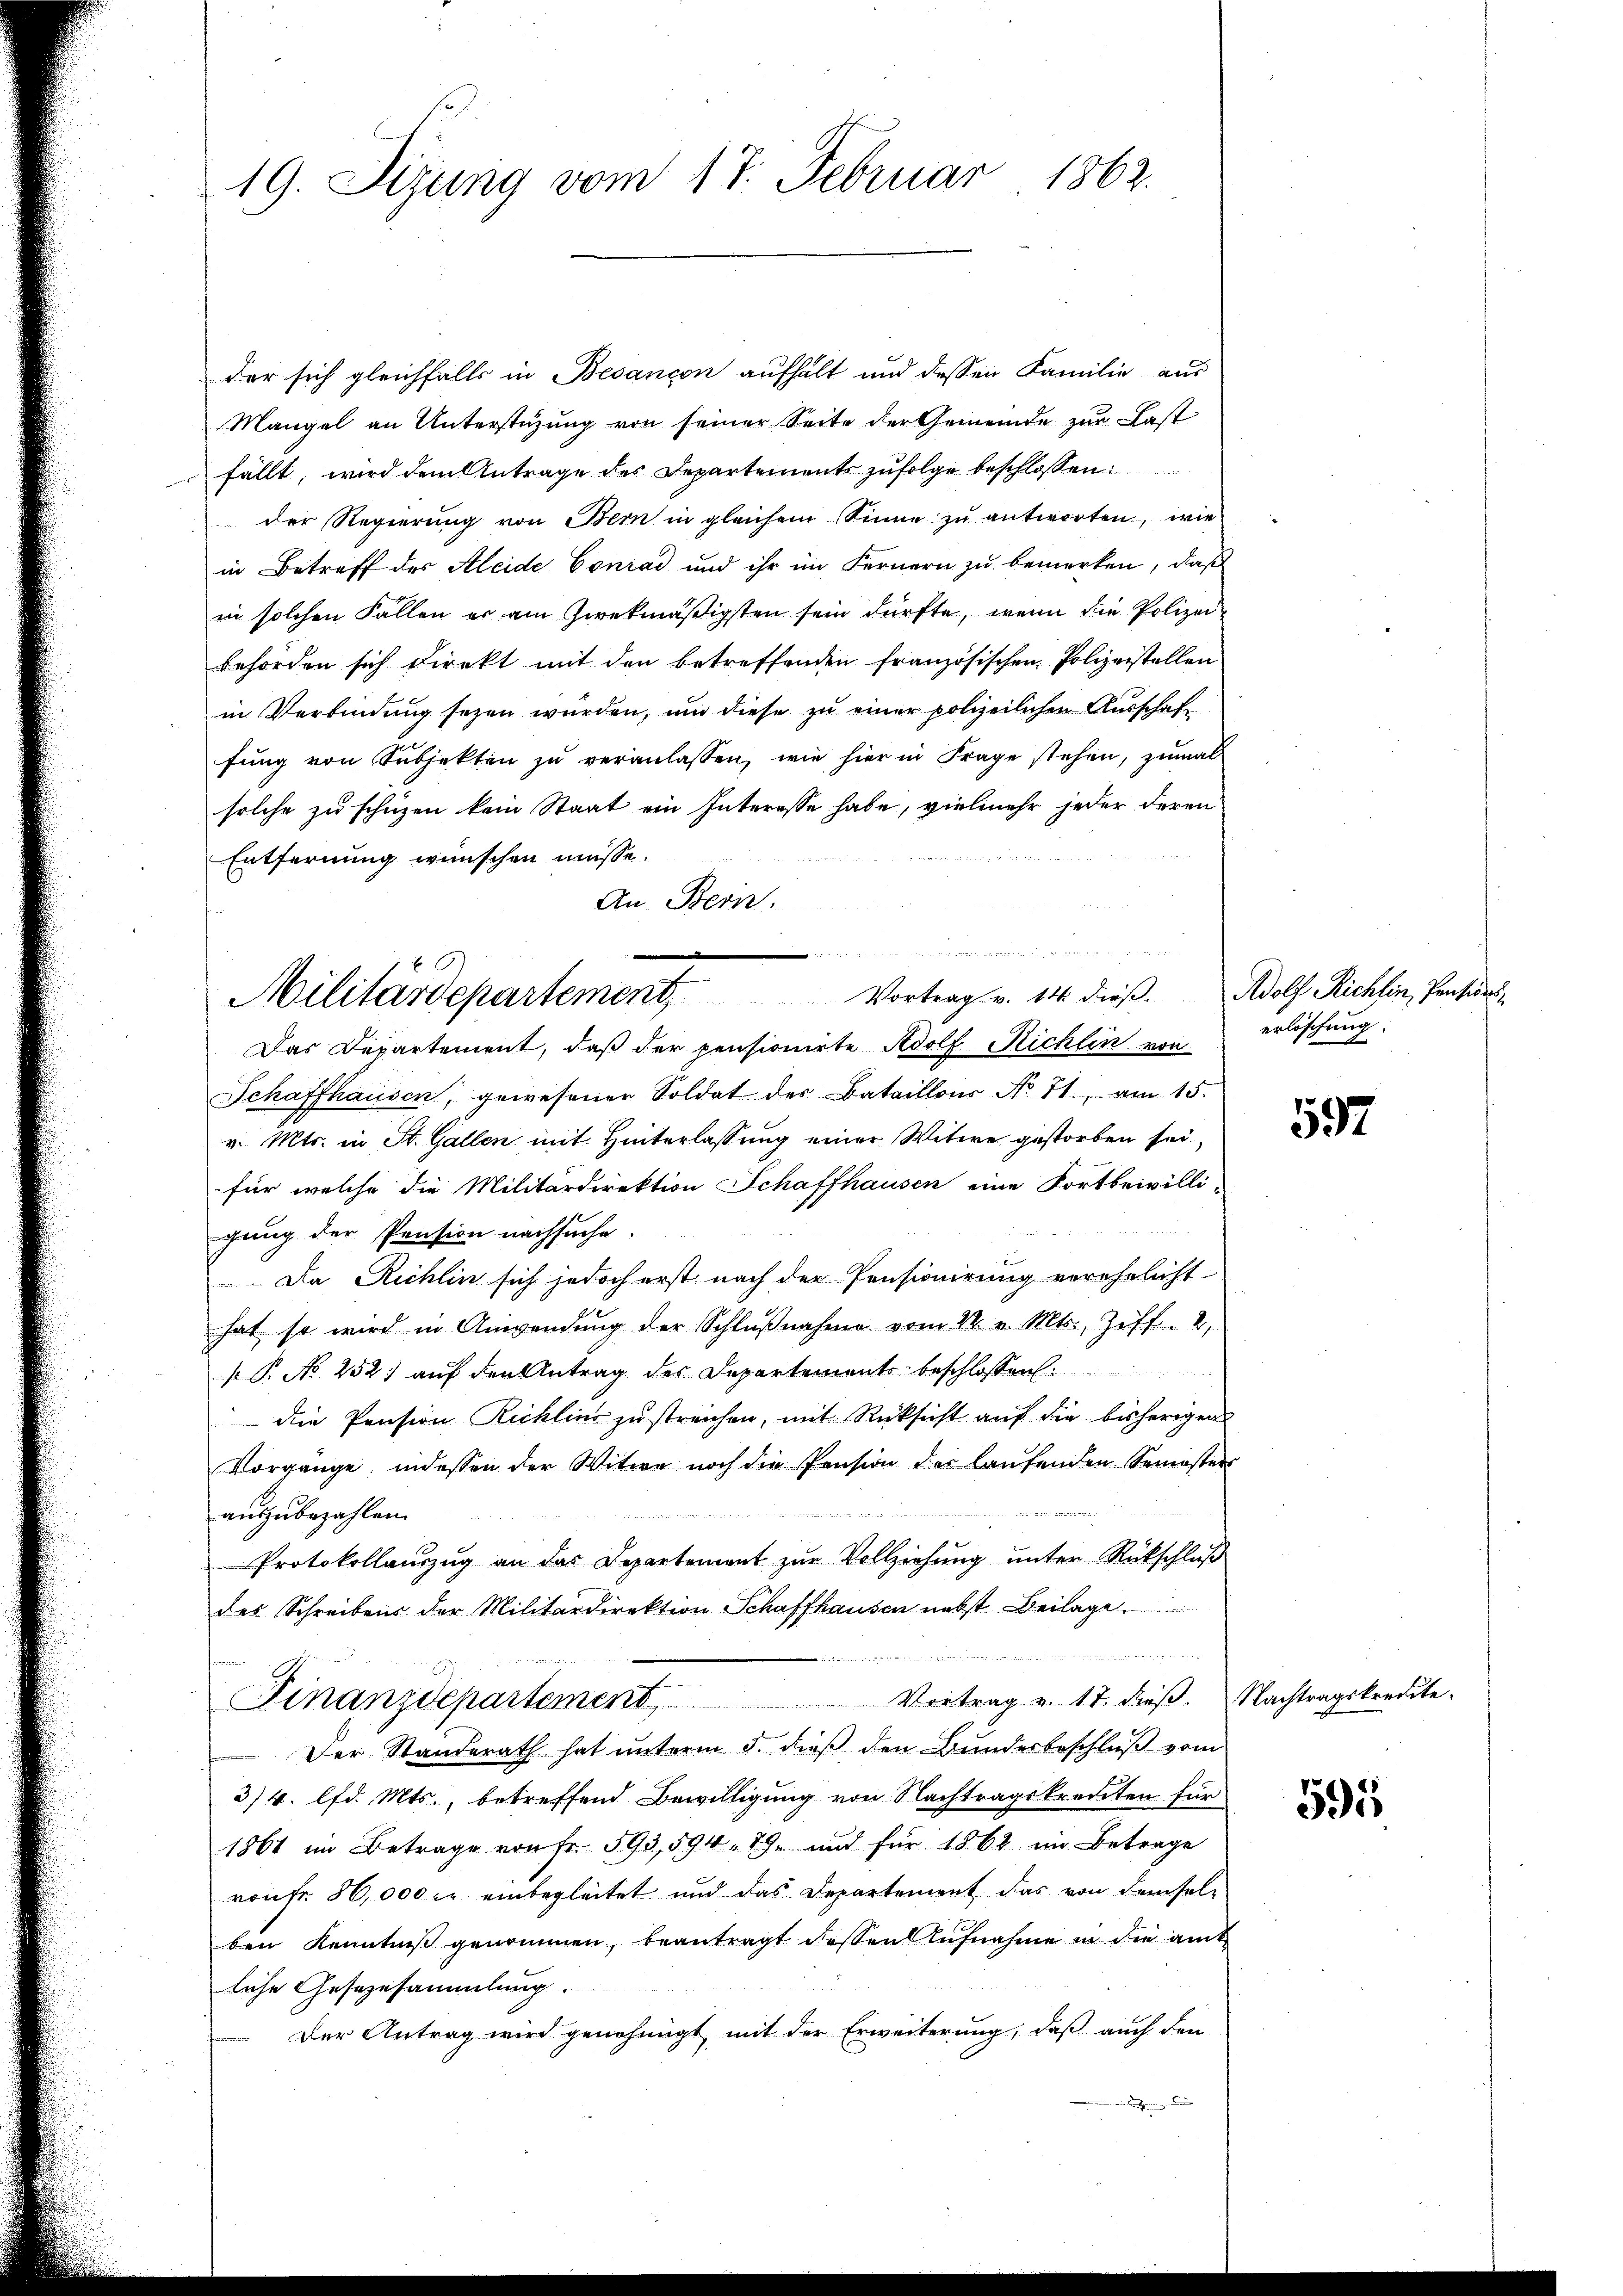
19. Sizung vom 17. Februar 1862.

der sich gleichfalls in Besancon aufhält und dessen Familie aus
Mangel an Unterstüzung von seiner Seite der Gemeinde zur Last
fällt, wird dem Antrage des Departements zufolge beschlossen:
der Regierŭng von Bern in gleichem Sinne zu antworten, wie
in Betreff des Kleide Conrad und ihr im Fernern zu bemerken, daß
in solchen Fallen er am zwekmäßigsten sein dürfte, wenn die Polizei
behörden sich direkt mit den betreffenden französischen Polizeistellen
in Verbindung sezen würden, und diese zu einer polizeilichen Ausschaft
fŭng von Subjekten zŭ veranlassen, wie hier in Frage stehen, zŭmal
solche zu schüzen kein Staat ein Interesse habe, vielmehr jeder deren
Entfernung wünschen müsse.
An Bern.
Schaffhausen, gewesener Soldat des Bataillons No 71, am 15.
v. Mts. in St. Gallen mit Hinterlassung einer Witwe gestorben sei,
für welche die Militärdirektion Schaffhausen eine Fortbeiwilli-
gung der Pension nachsuche.
Da Ruchlin sich jedoch erst nach der Pensionirung verehelicht
hat so wird in Anwendung der Schlŭβnahme vom 22. v. Mts. Ziff. 2,
P. No 252) auf den Antrag des Departements beschlossen
die Pension Ricklins zu streichen, mit Rücksicht auf die bisherigen
Vorgänge, indessen der Witwe noch die Pension der laŭfenden Semesters
auszubezahlen.
Protokollaŭszŭg an das Departement zŭr Vollziehŭng ŭnter Rückschlŭβ
des Schreibens der Militärdirektion Schaffhausen nebst Beilage

Vortrag v. 17. dieß. Nachtragskredite.
Finanzdepartement,
Der Standerath hat unterm 5. dieß den Bundesbeschluß vom
3/4. lfd. Mts., betreffend Bewilligung von Nachtragskreuten für
1861 im Betrage von Fr. 593, 594. 19. und für 1862 im Betrage
route 86,000 c. einbegleitet und das Departement das von demselben Kenntniß genommen, beantragt dessen Aufnahme in die amt
liche Gesezesammlung.
Der Antrag wird genehmigt, mit der Erweiterung, daß auch den

un
i
Militärdepartement Vortrag v. 14. dieß. Adolf Richtin, Pensions¬
Das Departement, daβ der pensionirte Adolf Richlin von erlöschung.

597

595